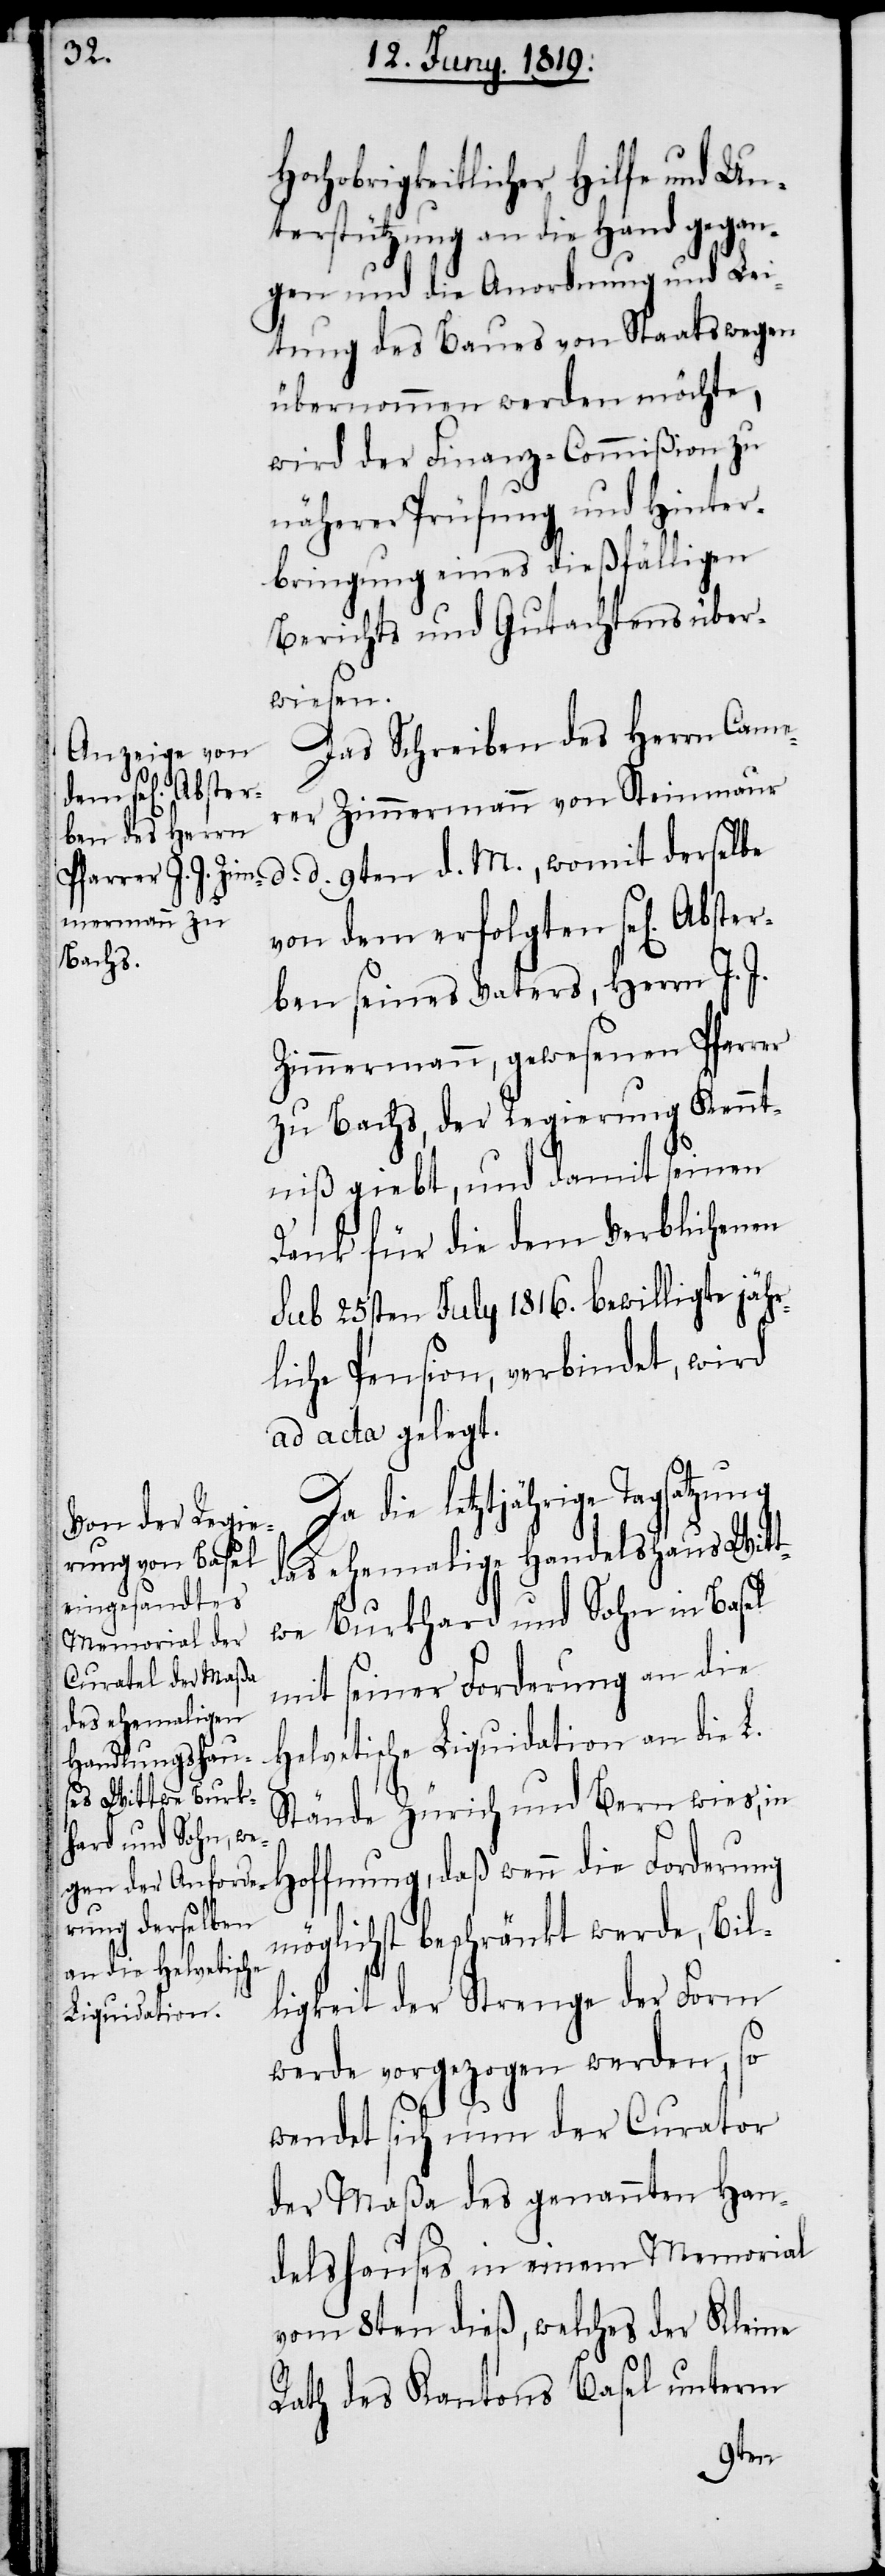
gen] Abster¬

Hochobrigkeitlicher Hilfe und Un¬
terstützung an die Hand gegan¬
gen und die Anordnung und Lei¬
tung des Baues von Staatswegen
übernommen werden möchte,
wird der Finanz-Commißion zu
näherer Prüfung und Hinter¬
bringung eines dießfälligen
Berichts und Gutachtens über¬
wiesen.
Das Schreiben des Herrn Came¬
rer Zimmermann von Steinmaur
d. d. 9ten d. M., womit derselbe
von dem erfolgten se[li¬
ben seines Vaters, Herrn J. J.
Zimmermann, gewesenen Pfarrer
zu Bachs, der Regierung Kennt¬
niß giebt, und damit seinen
Dank für die dem Verblichenen
sub 25sten July 1816. bewilligte jähr¬
liche Pension, verbindet, wird
ad acta gelegt.
Da die letztjährige Tagsatzung
das ehemalige Handelshaus Witt¬
we Burkhard und Sohn in Basel
mit seiner Forderung an die
Helvetische Liquidation an die L.
Stände Zürich und Bern wies, in
Hoffnung, daß wenn die Forderung
möglichst beschränkt werde, Bil¬
ligkeit der Strenge der Form
werde vorgezogen werden, so
wendet sich nun der Curator
der Maßa des genannten Han¬
delshauses in einem Memorial
vom 8ten dieß, welches der Kleine
Rath des Kantons Basel unterm